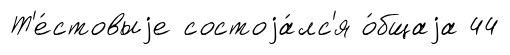
Т'е́стовыjе состоjа́лс'я о́бщаjа 44